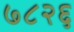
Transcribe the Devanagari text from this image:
७८२६